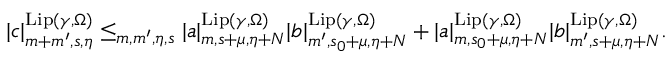
\begin{array} { r } { | \mathfrak { c } | _ { m + m ^ { \prime } , s , \eta } ^ { \mathrm { L i p } ( \gamma , \Omega ) } \le _ { m , m ^ { \prime } , \eta , s } | \mathfrak { a } | _ { m , s + \mu , \eta + N } ^ { \mathrm { L i p } ( \gamma , \Omega ) } | \mathfrak { b } | _ { m ^ { \prime } , s _ { 0 } + \mu , \eta + N } ^ { \mathrm { L i p } ( \gamma , \Omega ) } + | \mathfrak { a } | _ { m , s _ { 0 } + \mu , \eta + N } ^ { \mathrm { L i p } ( \gamma , \Omega ) } | \mathfrak { b } | _ { m ^ { \prime } , s + \mu , \eta + N } ^ { \mathrm { L i p } ( \gamma , \Omega ) } . } \end{array}